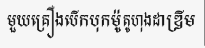
មួយគ្រឿងបើកបុកម៉ូតូហុងដាឌ្រីម